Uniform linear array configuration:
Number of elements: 48
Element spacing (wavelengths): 0.5
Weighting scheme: binomial
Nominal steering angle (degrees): -60
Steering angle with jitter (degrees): -61.932
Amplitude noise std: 0.05
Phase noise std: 0.05

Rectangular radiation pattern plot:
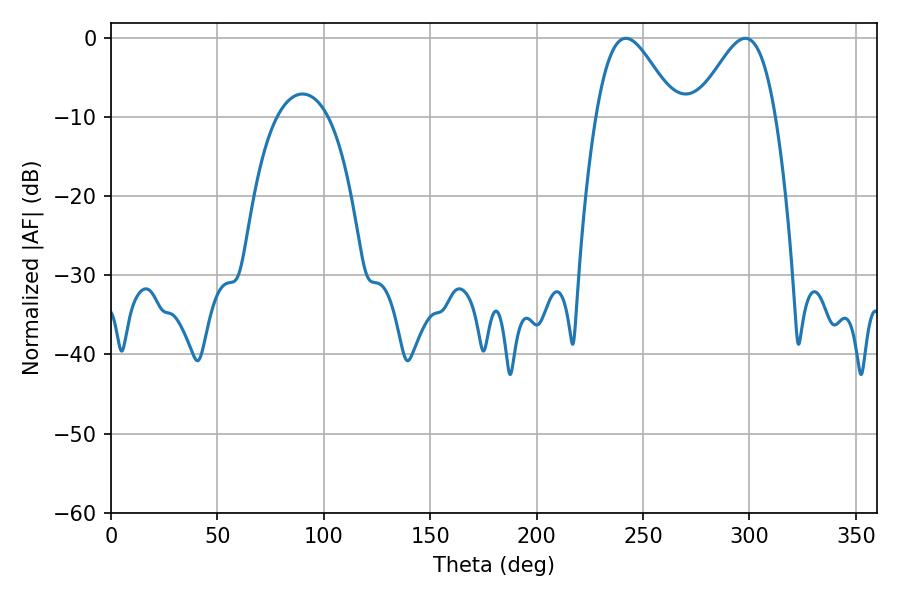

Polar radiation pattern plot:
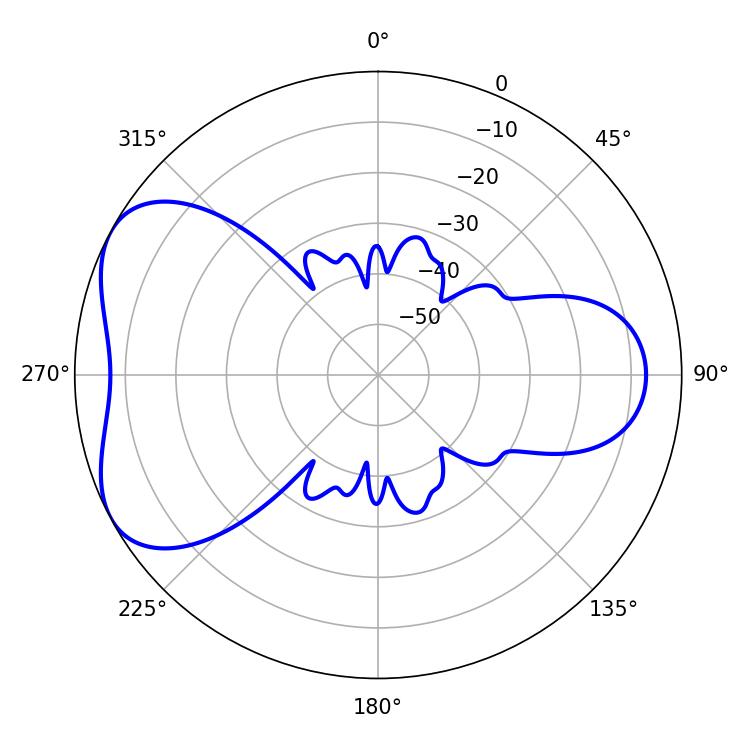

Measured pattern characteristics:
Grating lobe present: FALSE
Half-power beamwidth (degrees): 19.98
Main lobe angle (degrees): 241.92